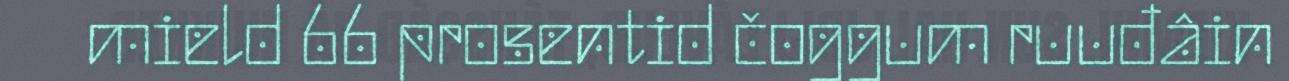
mield 66 prosentid čoggum ruuđâin